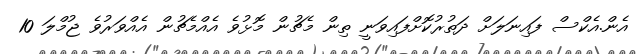
އެން.އެކްސް ފައިނަލަށް ދަތުރުކޮށްފައިވަނީ ތިން މެޗުން މޮޅުވެ އެއްމެޗުން އެއްވަރުވެ ޖުމްލަ 10